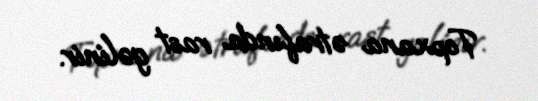
Topxana ətrafında rast gəlinir.